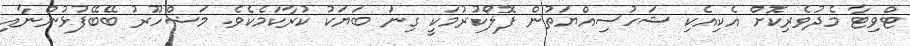
ޓްވިޓާ މެދުވެރިކޮށް އެކިއެކި ޝަހުސިއްޔަތުން ފޮލޯކުރުމަކީ ގިނަ ބަޔަކު ކުރާކަމެކެވެ. މަޝްހޫރު ބޭބޭފުޅުންނާއި